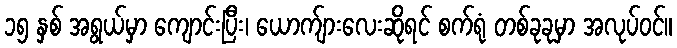
၁၅ နှစ် အရွယ်မှာ ကျောင်းပြီး၊ ယောက်ျားလေးဆိုရင် စက်ရုံ တစ်ခုခုမှာ အလုပ်ဝင်။